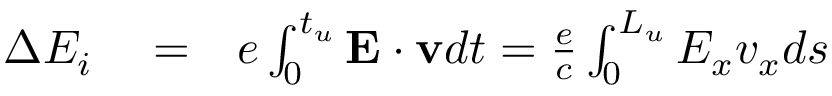
\begin{array} { r l r } { \Delta { \cal E } _ { i } } & { { } = } & { e \int _ { 0 } ^ { t _ { u } } \mathbf { E } \cdot \mathbf { v } d t = \frac { e } { c } \int _ { 0 } ^ { L _ { u } } E _ { x } v _ { x } d s } \end{array}